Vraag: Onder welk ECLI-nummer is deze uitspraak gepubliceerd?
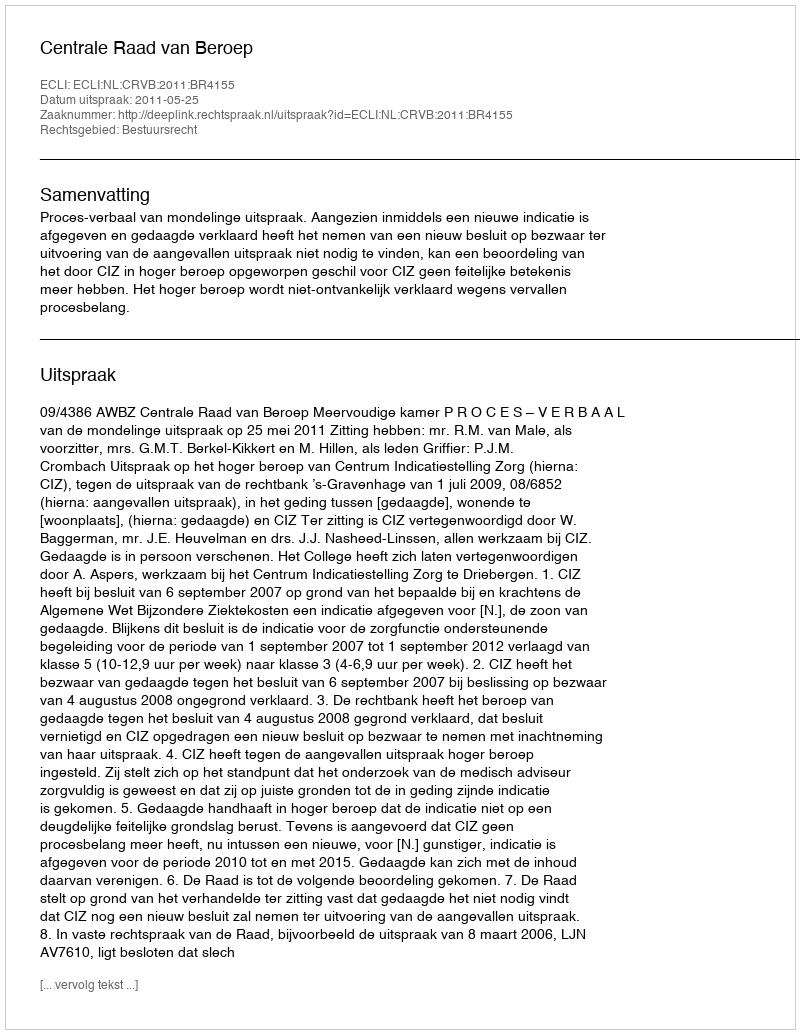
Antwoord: ECLI:NL:CRVB:2011:BR4155